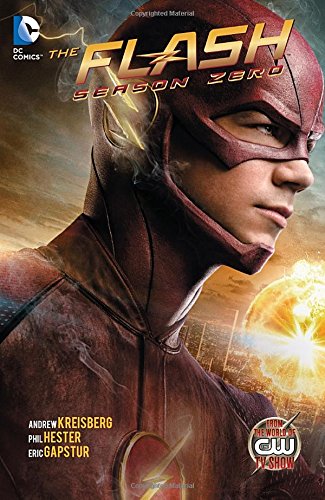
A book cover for The Flash Season Zero; Andrew Kreisberg; Comics & Graphic Novels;